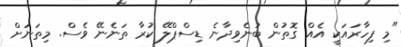
"މި ފިހާރައަކީ އެއް ގޮތުން ބުނެވިދާނެ ޑިސްޕްލޭ ކުރާ ތަނެނޭ ވެސް. މިތަނަށް